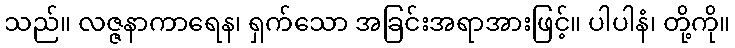
သည်။ လဇ္ဇနာကာရေန၊ ရှက်သော အခြင်းအရာအားဖြင့်။ ပါပါနံ၊ တို့ကို။